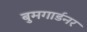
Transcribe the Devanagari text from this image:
बुमगार्डनर